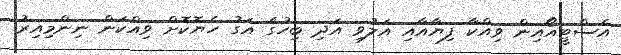
އެސްޓީއޯއިން ވިއްކާ ފިޔާއާއި އަލުވި އަދި ބިހުގެ އަގު ހެޔޮކޮށް ވިއްކަން ނިންމިއިރު